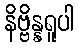
နိဗ္ဗိန္နရူပါ